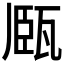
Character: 𤭘